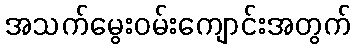
အသက်မွေးဝမ်းကျောင်းအတွက်